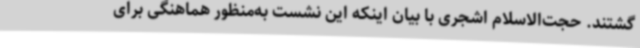
گشتند. حجت‌الاسلام اشجری با بیان اینکه این نشست به‌منظور هماهنگی برای